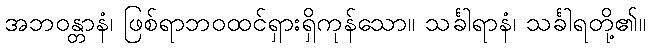
အဘဝန္တာနံ၊ ဖြစ်ရာဘဝထင်ရှားရှိကုန်သော။ သင်္ခါရာနံ၊ သင်္ခါရတို့၏။